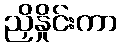
ညှိနှိုင်းကာ